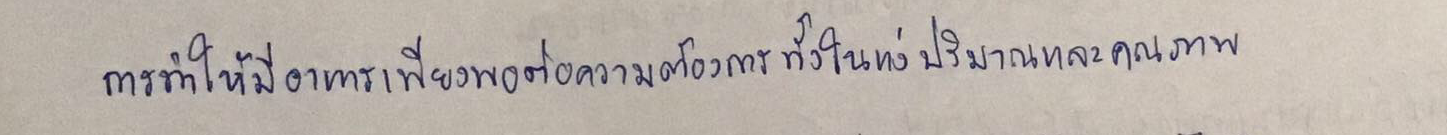
การทำให้มีอาหารเพียงพอต่อความต้องการทั้งในแง่ปริมาณและคุณภาพ